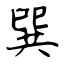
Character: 巽